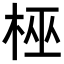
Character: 𬂳